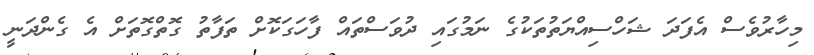
މިހާރުވެސް އެފަދަ ޝަހްސިއްޔަތުތަކުގެ ނަމުގައި ދުވަސްތައް ފާހަގަކޮށް ތަފާތު ގޮތްގޮތަށް އެ ގެންދަނީ